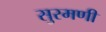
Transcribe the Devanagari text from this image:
सुरमणी